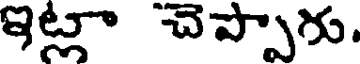
ఇట్లా చెప్పాగు.